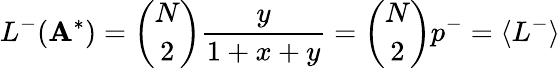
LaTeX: L^{-}(\mathbf{A}^{*})=\binom{N}{2}\frac{y}{1+x+y}=\binom{N}{2}p^{-}=\langle L^{-}\rangle